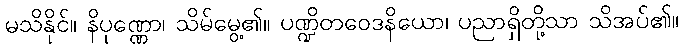
မသိနိုင်။ နိပုဏ္ဏော၊ သိမ်မွေ့၏။ ပဏ္ဍိတဝေဒနိယော၊ ပညာရှိတို့သာ သိအပ်၏။